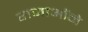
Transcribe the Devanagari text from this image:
राजाओंने